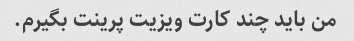
من باید چند کارت ویزیت پرینت بگیرم.